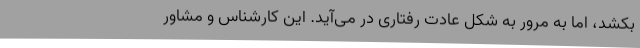
بکشد، اما به مرور به شکل عادت رفتاری در می‌آید. این کارشناس و مشاور